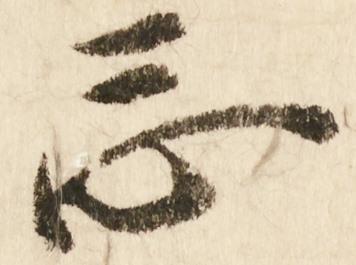
忩